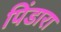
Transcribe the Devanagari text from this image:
पिंडारा